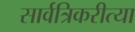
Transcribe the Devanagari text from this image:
सार्वत्रिकरीत्या